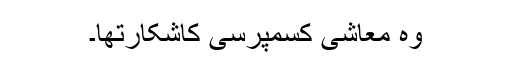
وہ معاشی کسمپرسی کاشکارتھا۔